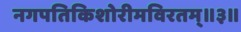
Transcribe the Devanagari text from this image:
नगपतिकिशोरीमविरतम्॥३॥